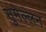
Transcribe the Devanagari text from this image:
सुमेल्लन